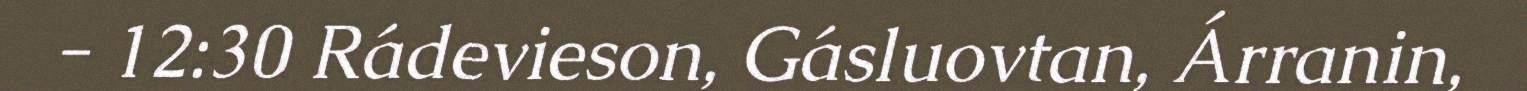
- 12:30 Rádevieson, Gásluovtan, Árranin,